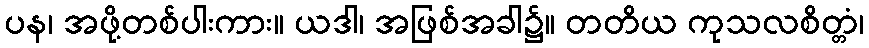
ပန၊ အဖို့တစ်ပါးကား။ ယဒါ၊ အဖြစ်အခါ၌။ တတိယ ကုသလစိတ္တံ၊